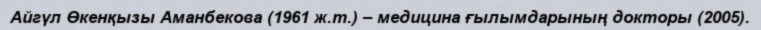
Айгүл Өкенқызы Аманбекова (1961 ж.т.) – медицина ғылымдарының докторы (2005).